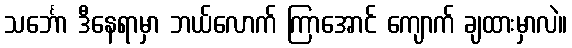
သင်္ဘော ဒီနေရာမှာ ဘယ်လောက် ကြာအောင် ကျောက် ချထားမှာလဲ။